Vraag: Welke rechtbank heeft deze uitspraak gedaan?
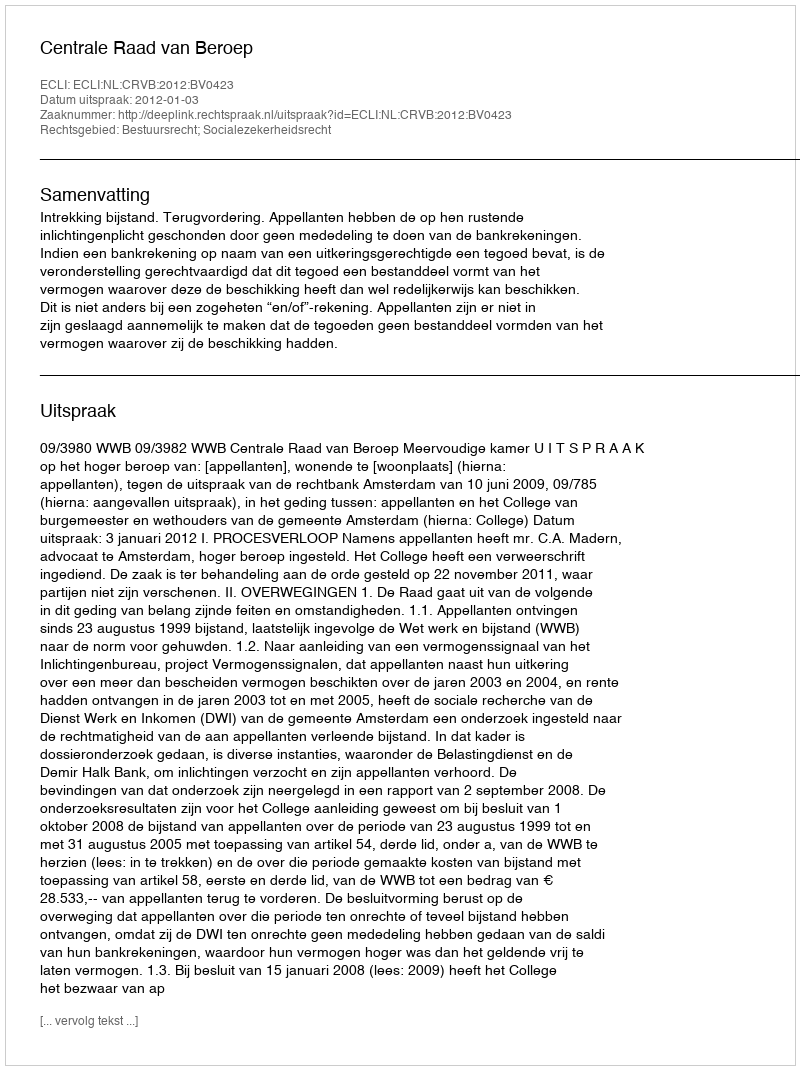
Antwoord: Centrale Raad van Beroep